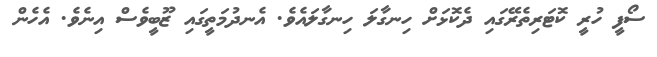
ސޯފީ ހުރީ ކޮޓަރިތެރޭގައި ދެކޮޅަށް ހިނގާލަ ހިނގާލައެވެ. އެނދުމަތީގައި ޒޫބީވެސް އިނެވެ. އެހެން